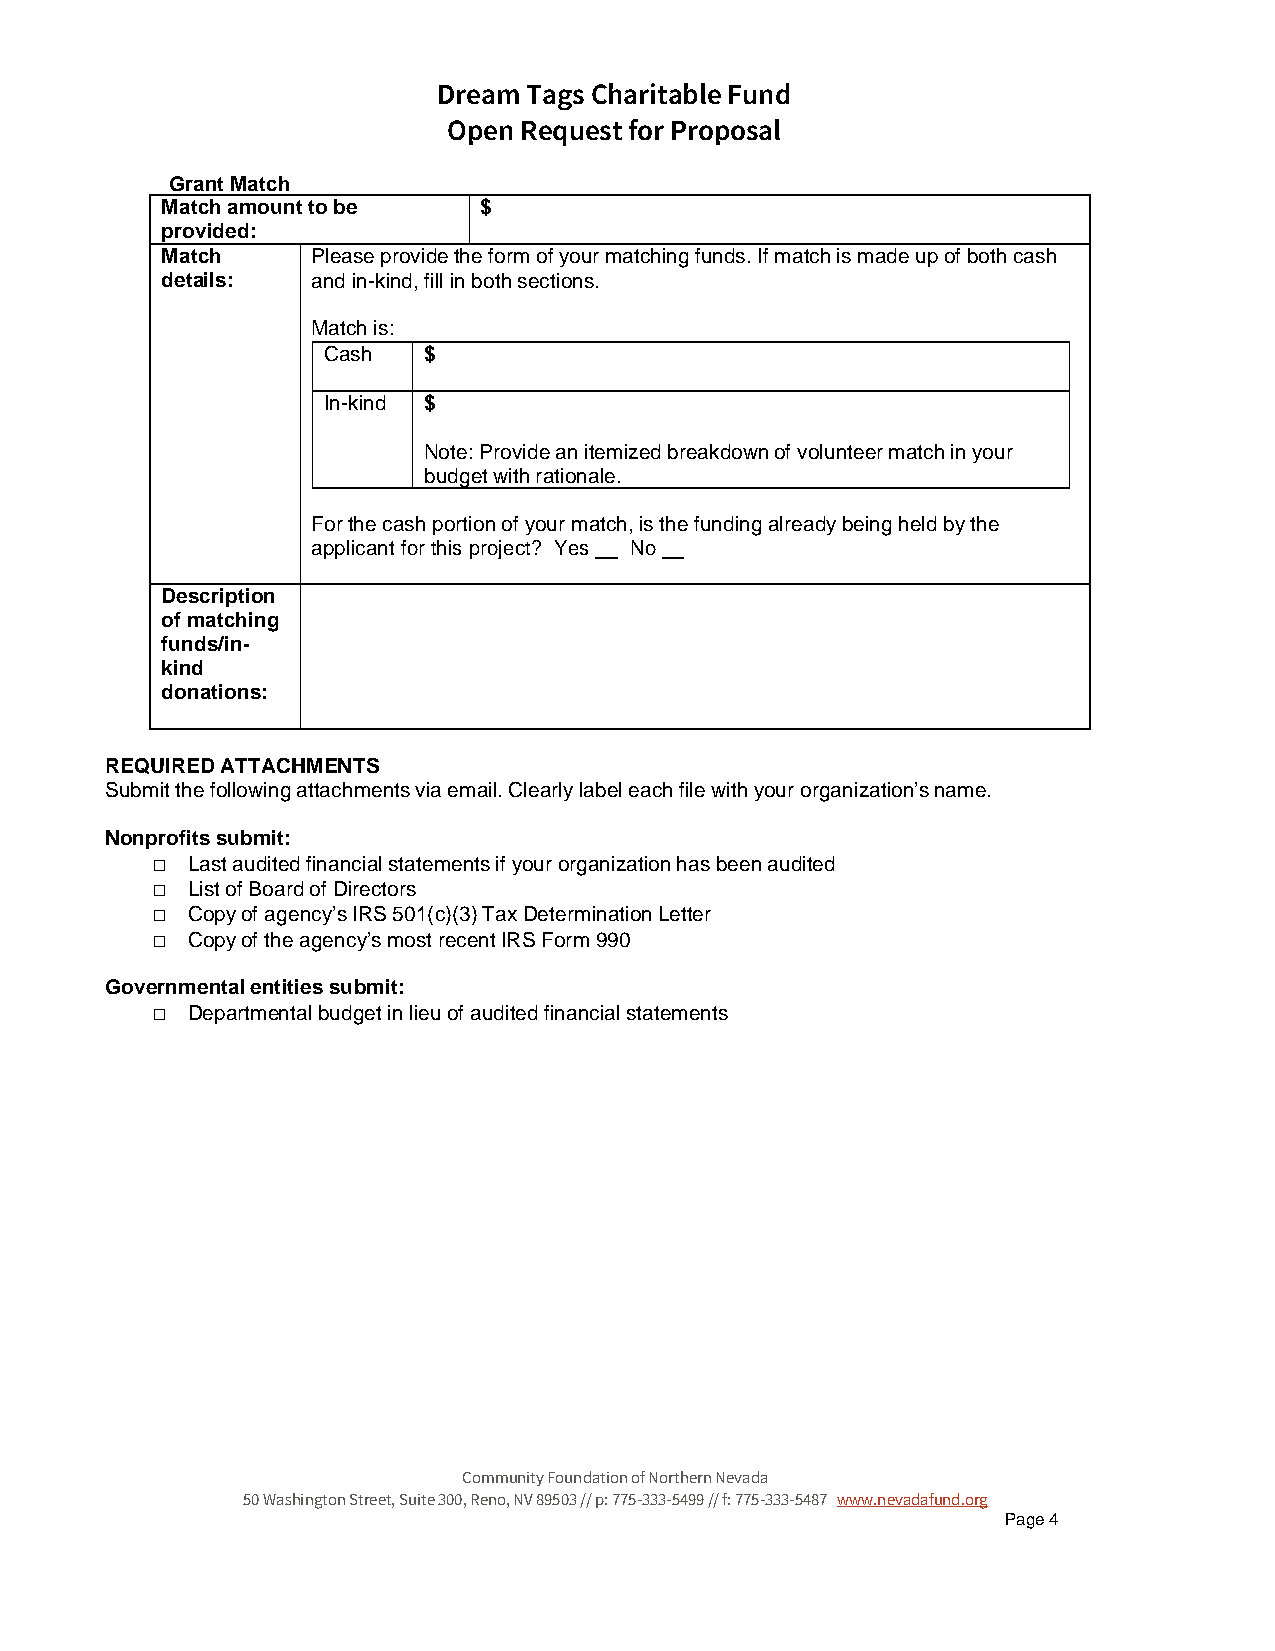
Dream Tags Charitable Fund
 Open Request for Proposal
 Grant Match
 Match amount to be   $
 provided:
 Match     Please provide the form of your matching funds. If match is made up of both cash
 details:  and in-kind, fill in both sections.
 Match is:
 Cash   $
 In-kind $
 Note: Provide an itemized breakdown of volunteer match in your
 budget with rationale.
 For the cash portion of your match, is the funding already being held by the
 applicant for this project? Yes No
 Description
 of matching
 funds/in-
 kind
 donations:
 REQUIRED ATTACHMENTS
 Submit the following attachments via email. Clearly label each file with your organization’s name.
 Nonprofits submit:
 □ Last audited financial statements if your organization has been audited
 □ List of Board of Directors
 □ Copy of agency’s IRS 501(c)(3) Tax Determination Letter
 □ Copy of the agency’s most recent IRS Form 990
 Governmental entities submit:
 □ Departmental budget in lieu of audited financial statements
 Community Foundation of Northern Nevada
 50 Washington Street, Suite 300, Reno, NV 89503 // p: 775-333-5499 // f: 775-333-5487 www.nevadafund.org
 Page 4